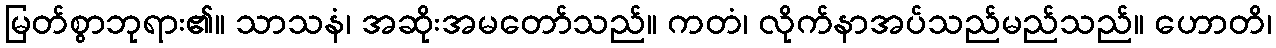
မြတ်စွာဘုရား၏။ သာသနံ၊ အဆိုးအမတော်သည်။ ကတံ၊ လိုက်နာအပ်သည်မည်သည်။ ဟောတိ၊